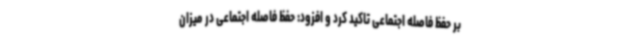
بر حفظ فاصله اجتماعی تاکید کرد و افزود: حفظ فاصله اجتماعی در میزان